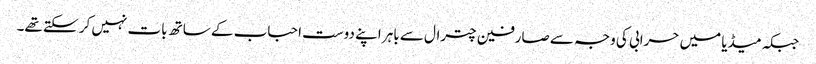
جبکہ میڈیا میں حرابی کی وجہ سے صارفین چترال سے باہر اپنے دوست احباب کے ساتھ بات نہیں کر سکتے تھے۔